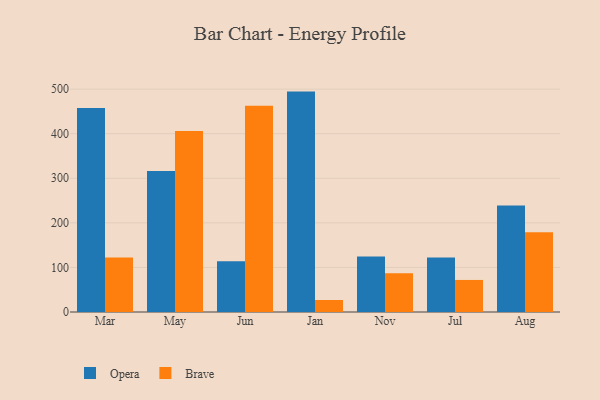
{"axis": {"x": "Month", "y": "Conversion Rate (%)"}, "legend": ["Brave", "Opera"], "data": [{"x": "Mar", "y": 457.5, "type": "Opera"}, {"x": "Mar", "y": 122.1, "type": "Brave"}, {"x": "May", "y": 316.6, "type": "Opera"}, {"x": "May", "y": 406.3, "type": "Brave"}, {"x": "Jun", "y": 113.6, "type": "Opera"}, {"x": "Jun", "y": 462.5, "type": "Brave"}, {"x": "Jan", "y": 494.5, "type": "Opera"}, {"x": "Jan", "y": 26.9, "type": "Brave"}, {"x": "Nov", "y": 124.3, "type": "Opera"}, {"x": "Nov", "y": 87.0, "type": "Brave"}, {"x": "Jul", "y": 122.0, "type": "Opera"}, {"x": "Jul", "y": 71.9, "type": "Brave"}, {"x": "Aug", "y": 238.7, "type": "Opera"}, {"x": "Aug", "y": 179.2, "type": "Brave"}]}